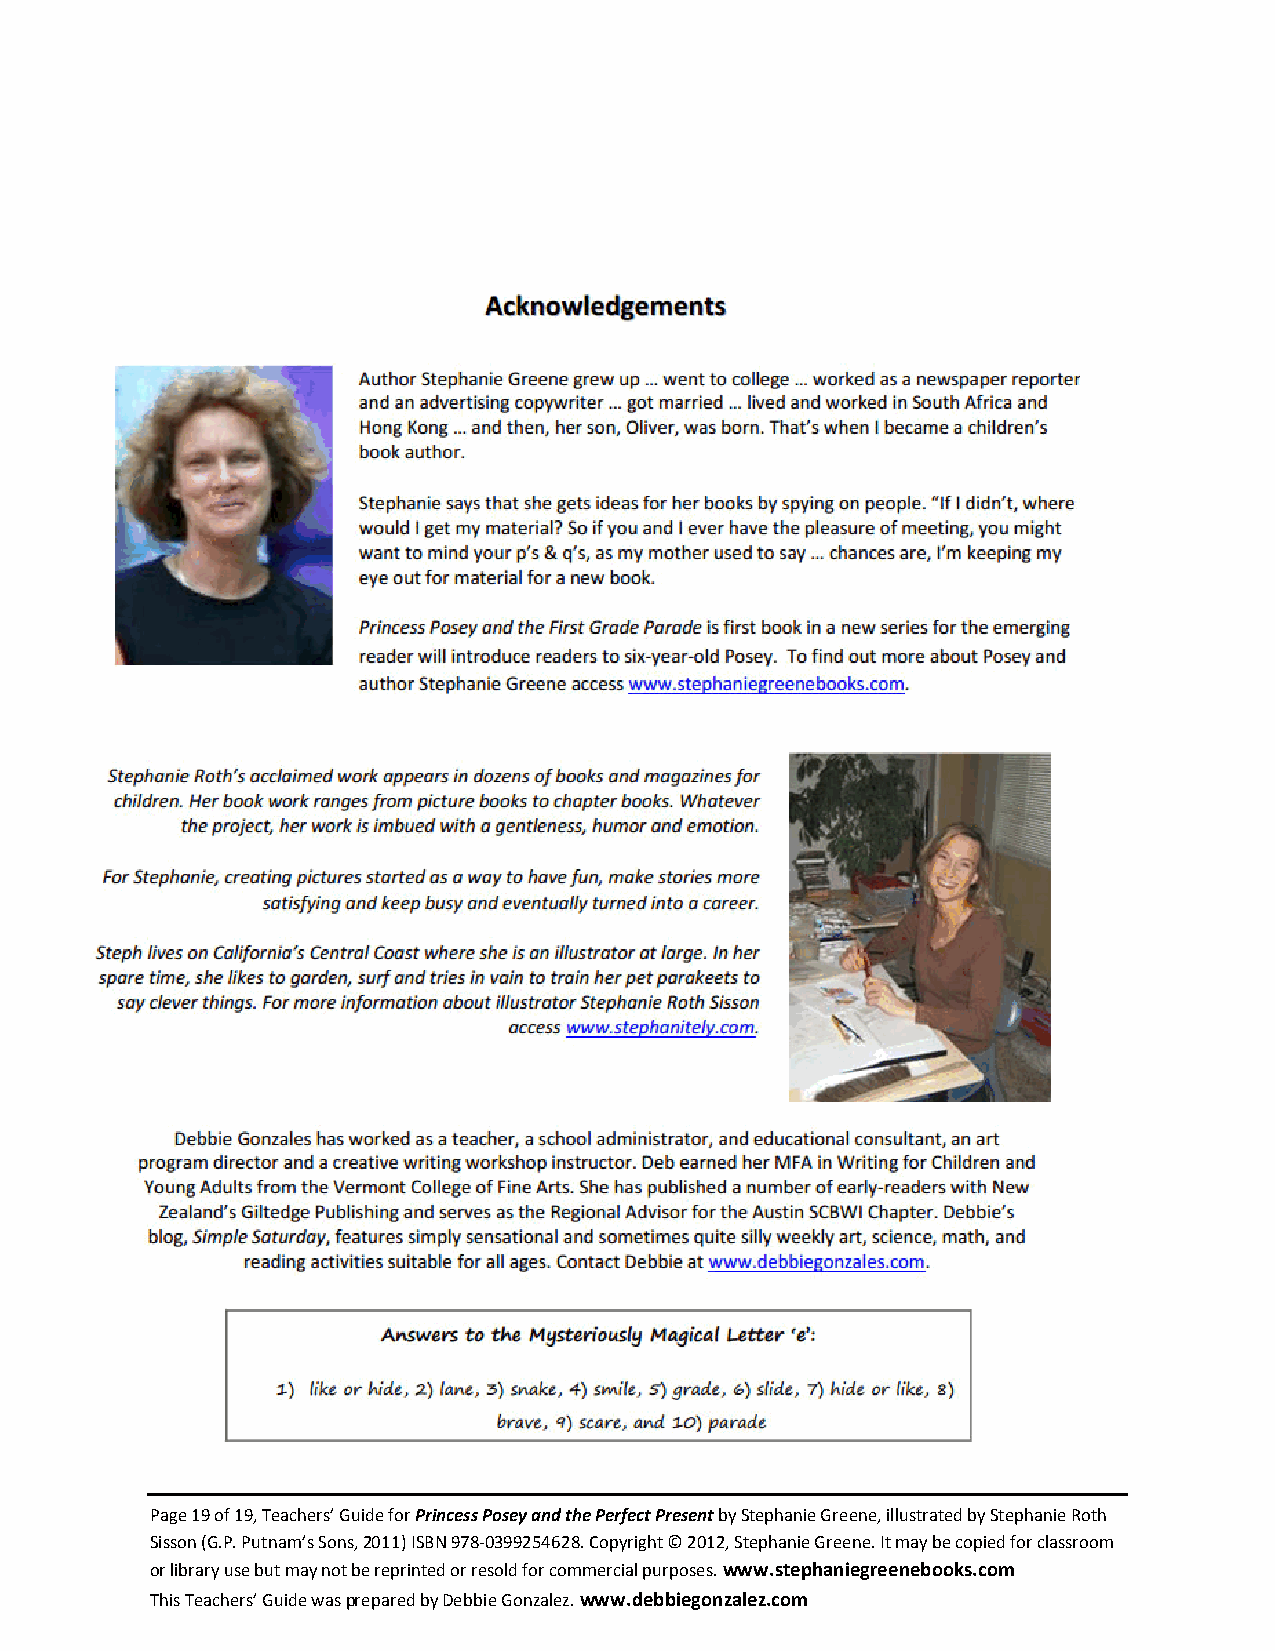
Page 19 of 19, Teachers’ Guide for Princess Posey and the Perfect Present by Stephanie Greene, illustrated by Stephanie Roth
 Sisson (G.P. Putnam’s Sons, 2011) ISBN 978-0399254628. Copyright © 2012, Stephanie Greene. It may be copied for classroom
 or library use but may not be reprinted or resold for commercial purposes. www.stephaniegreenebooks.com
 This Teachers’ Guide was prepared by Debbie Gonzalez. www.debbiegonzalez.com